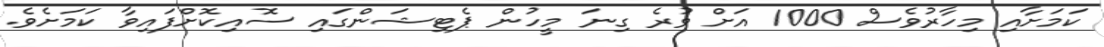
ކަމަށާއި މިހާރުވެސް 1000 އަށް ވުރެ ގިނަ މީހުން ޕެޓިޝަންގައި ސޮއިކޮށްފައިވާ ކަމަށެވެ.